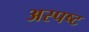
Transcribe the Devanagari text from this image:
अस्पष्ट